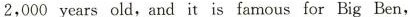
2,000 years old,and it is famous for Big Ben,